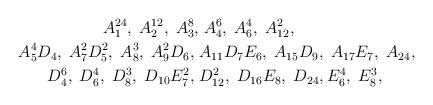
LaTeX: \begin{align*}A_1^{24},\;A_2^{12},\;A_3^{8},&\;A_4^6,\;A_6^4,\;A_{12}^2,\\A_5^4D_4,\;A_7^2D_5^2,\;A_8^3,\;A_9^2D_6,\;&A_{11}D_7E_6,\;A_{15}D_9,\;A_{17}E_7,\;A_{24},\\D_4^6,\;D_6^4,\;D_8^3,\;D_{10}E_7^2,\;&D_{12}^2,\;D_{16}E_8,\;D_{24},E_6^4,\;E_8^3,\end{align*}